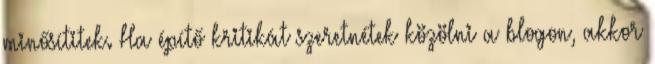
minősítitek. Ha építő kritikát szeretnétek közölni a blogon, akkor